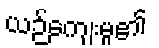
ယဉ်ကျေးမှု၏